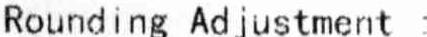
ROUNDING ADJUSTMENT :